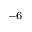
^ { - 6 }